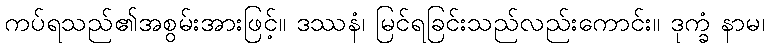
ကပ်ရသည်၏အစွမ်းအားဖြင့်။ ဒဿနံ၊ မြင်ရခြင်းသည်လည်းကောင်း။ ဒုက္ခံ နာမ၊